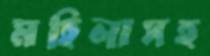
মহিলাসহ